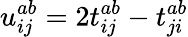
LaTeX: u_{ij}^{ab}=2t_{ij}^{ab}-t_{ji}^{ab}